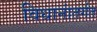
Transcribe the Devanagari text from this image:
विधानांतर्गत